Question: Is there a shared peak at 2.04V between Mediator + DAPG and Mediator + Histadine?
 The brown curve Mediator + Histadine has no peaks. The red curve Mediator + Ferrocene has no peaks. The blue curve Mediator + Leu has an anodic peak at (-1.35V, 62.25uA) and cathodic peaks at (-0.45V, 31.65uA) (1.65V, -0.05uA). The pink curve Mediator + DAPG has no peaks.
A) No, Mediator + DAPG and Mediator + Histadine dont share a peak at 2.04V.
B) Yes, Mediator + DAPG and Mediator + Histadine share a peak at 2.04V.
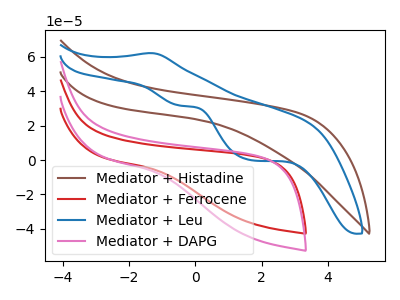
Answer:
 <answer>A) No, "Mediator + DAPG" and "Mediator + Histadine" dont share a peak at 2.04V.</answer>
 <eval>A</eval>